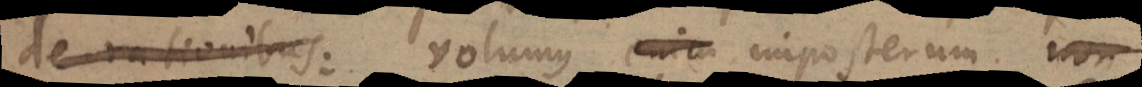
de rationibus volumus imposterum non